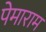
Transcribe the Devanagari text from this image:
पेमाराम